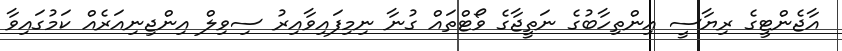
އާޖެންޓީގެ ރިޔާސީ އިންތިހާބުގެ ނަތީޖާގެ ވޯޓްތައް ގުނާ ނިމިފައިވާއިރު ސިވިލް އިންޖިނިއަރެއް ކަމުގައިވާ